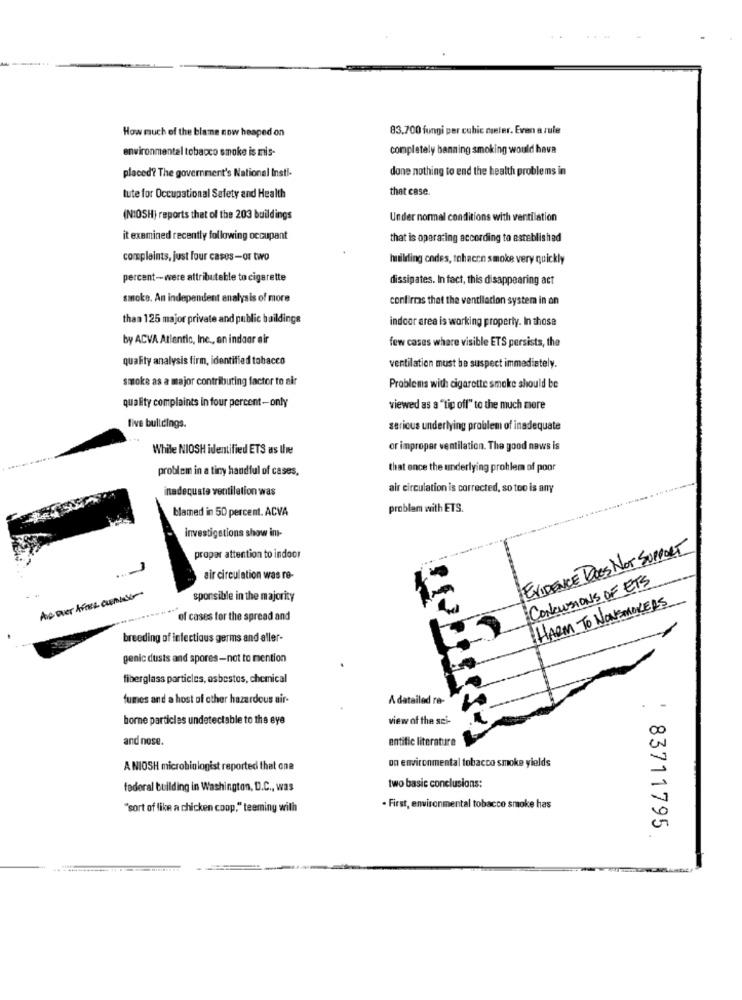
How much of the blame now heaped on
83.700 fungi per cubic meler. Even a rule
environmental tobacco smoke is mis-
completely banning smoking would hava
placed? The government's National Insti-
done nothing to end the health problems in
that case.
tute for Occupational Safety and Health
(NIOSH) reports that of the 203 buildings
Under normal conditions with ventilation
it examined recently following occupant
that is operating according to established
complaints, just four cases-or two
building codes, tohacen smoke very quickly
percent-were attributable to cigarette
dissipates. In fact, this disappearing act
smoke. An independent analysis of more
confirmas that the ventilation system in on
than 125 major private and public buildings
indoor area is working properly. In those
by ACVA Atlantic, Inc ., an indoor air
few cases where visible ETS persists, the
quality analysis firm, identified tobacco
ventilation must be suspect immediately.
smoke as a major contributing factor to air
Problems with cigarette smoke should be
quality complaints in four percent-only
viewed as a "tip off" to the much more
five buildings.
serious underlying problem of inadequate
While NIOSH identified ETS as the
or improper ventilation. The good news is
problem in a tiny handful of cases,
that once the underlying problem of poor
inadequate ventilation was
air circulation is corrected, so too is any
blamed in 50 percent. ACVA
problem with ETS.
investigations show in-
EVIDENCE Does NOT SUPPORT
propor attention to indoor
air circulation was re-
CONCLUSIONS OF ETS
sporsible in the majority
HARM TO NONSMOKERS
of cases for the spread and
breeding of infectious germs and aller-
genic dusts and spores-not to mention
fiberglass particles, asbestos, chemical
fumes and a host of other hazardous air-
A datailed ra-
borne particles undetectable to the eye
view of the sei-
and nose.
entific literature
A NIOSH microbiologist reported that one
on environmental tobacco smoke yields
federal building in Washington, D.C ., was
two basic conclusions:
"sort of like a chicken coop," teeming with
. First, environmental tobacco smoke has
83711795